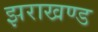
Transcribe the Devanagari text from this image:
झराखण्ड